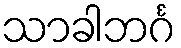
သာခါဘင်္ဂ